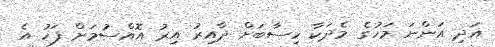
އަދި އަންނަ މަހުގެ މެދަކާ ހިސާބަށް ދާއިރު އިރު އޮއްސުމަށް ފަހު އެ